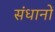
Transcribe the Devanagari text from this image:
संधानों